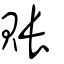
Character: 賬